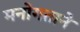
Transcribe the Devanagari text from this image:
मनोगताने